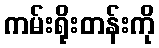
ကမ်းရိုးတန်းကို